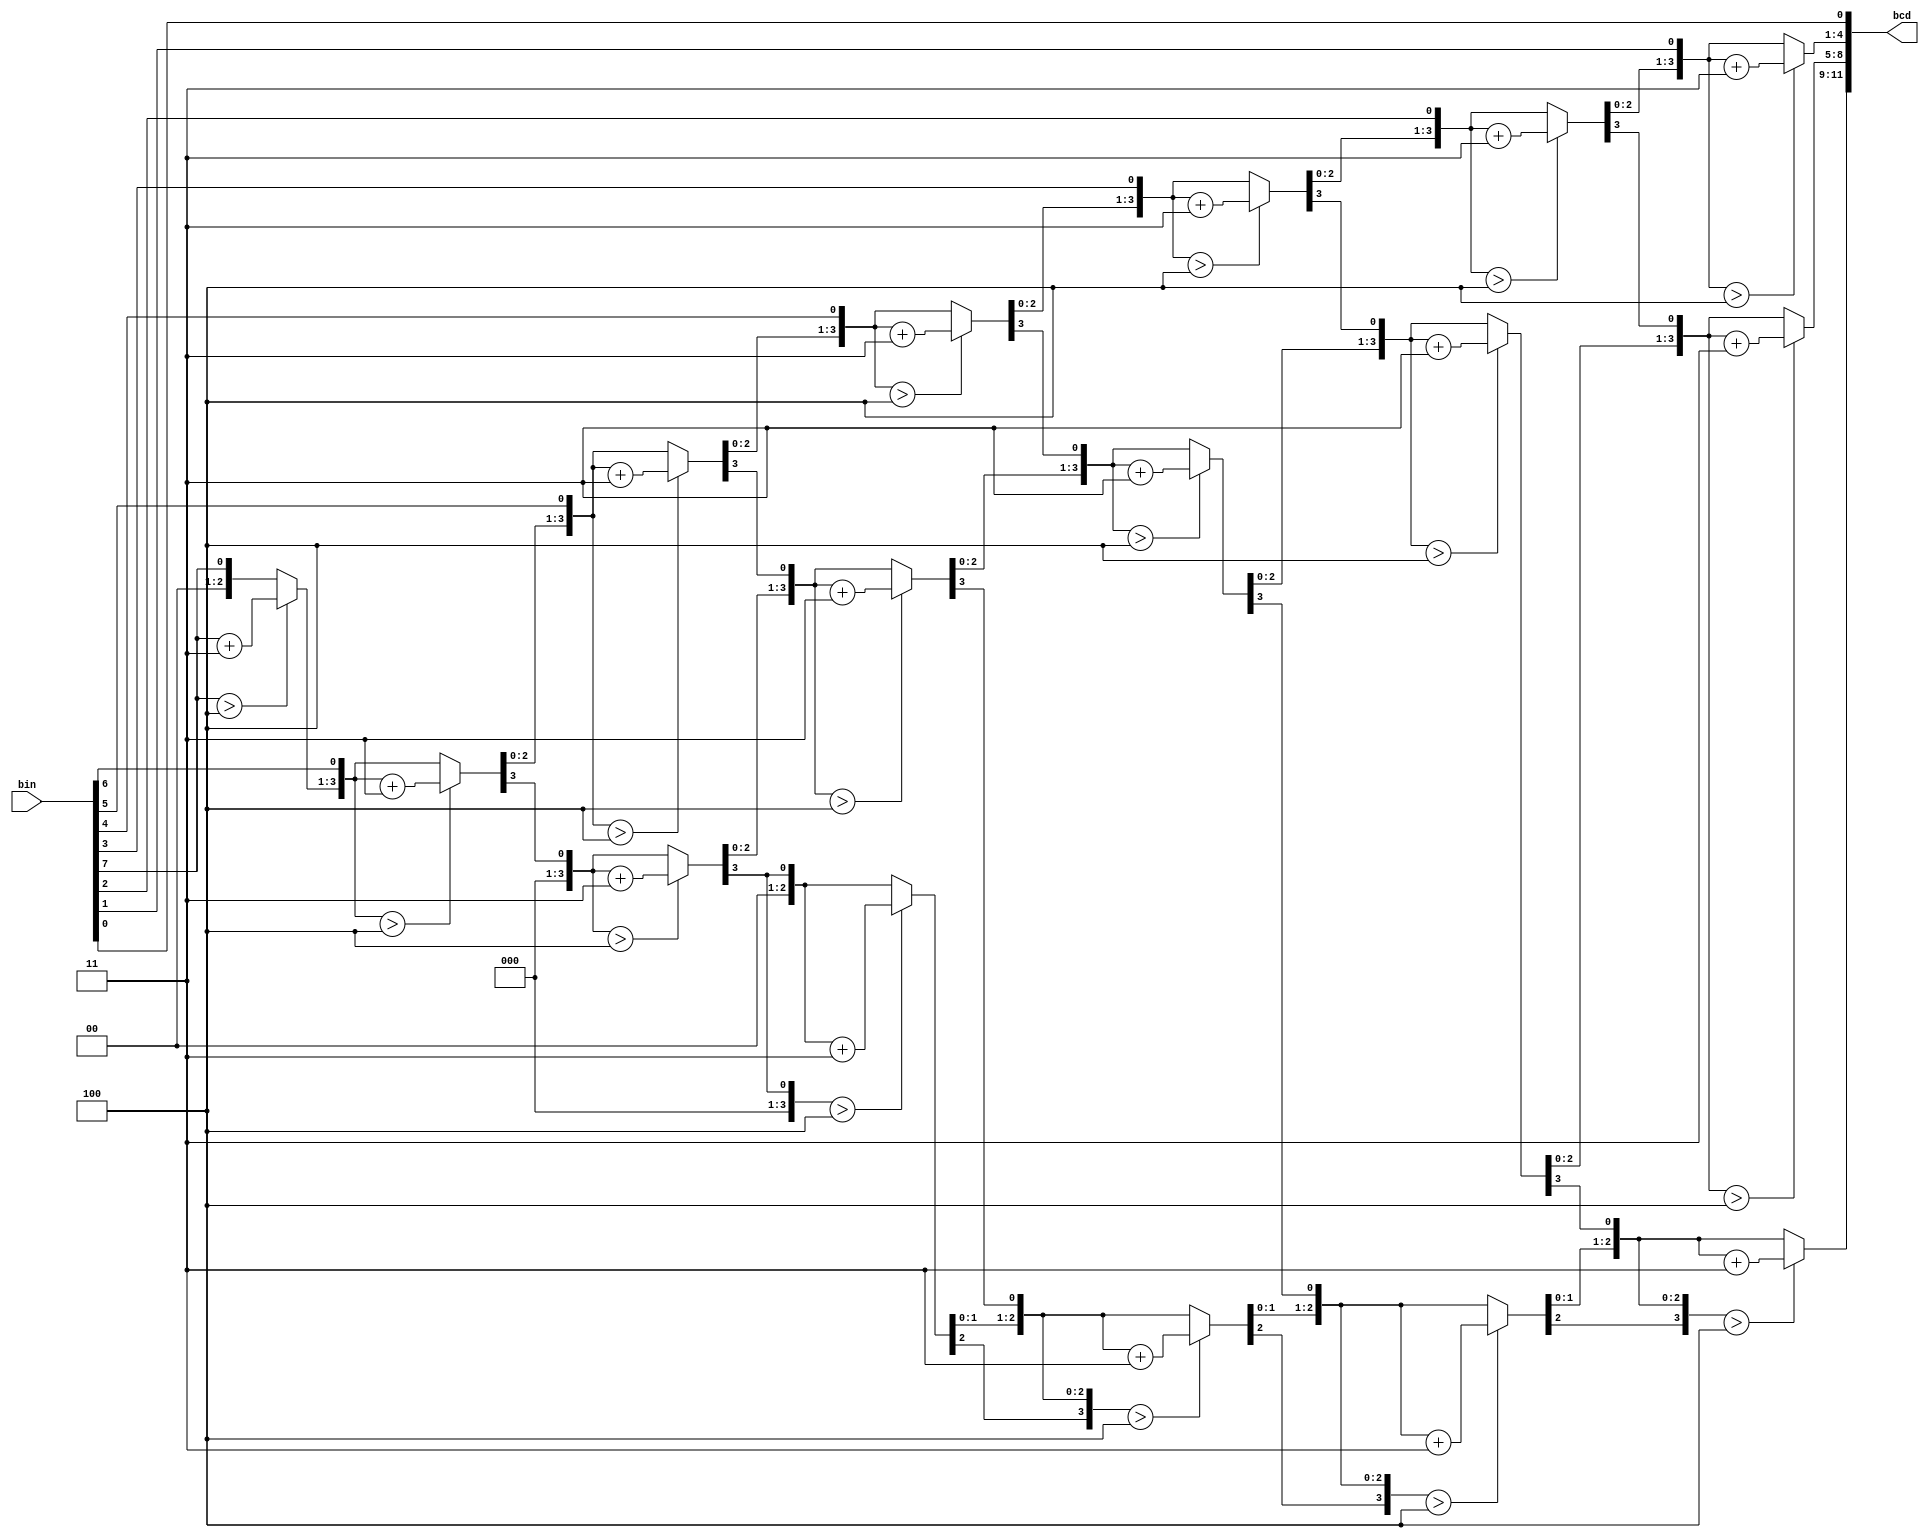
/*Downloaded from:
	http://verilogcodes.blogspot.com/2015/10/verilog-code-for-8-bit-binary-to-bcd.html
*/

module bin2bcd(
    bin,
     bcd
    );

    
    //input ports and their sizes
    input [7:0] bin;
    //output ports and, their size
    output [11:0] bcd;
    //Internal variables
    reg [11 : 0] bcd; 
     reg [3:0] i;   
     
     //Always block - implement the Double Dabble algorithm
     always @(bin)
        begin
            bcd = 0; //initialize bcd to zero.
            for (i = 0; i < 8; i = i+1) //run for 8 iterations
            begin
                bcd = {bcd[10:0],bin[7-i]}; //concatenation
                    
                //if a hex digit of 'bcd' is more than 4, add 3 to it.  
                if(i < 7 && bcd[3:0] > 4) 
                    bcd[3:0] = bcd[3:0] + 3;
                if(i < 7 && bcd[7:4] > 4)
                    bcd[7:4] = bcd[7:4] + 3;
                if(i < 7 && bcd[11:8] > 4)
                    bcd[11:8] = bcd[11:8] + 3;  
            end
        end     
                
endmodule